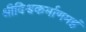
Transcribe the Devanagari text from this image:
श्रीविश्वकर्माणमहं